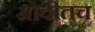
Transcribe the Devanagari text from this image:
ओवीतच